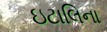
ઇટાલિના